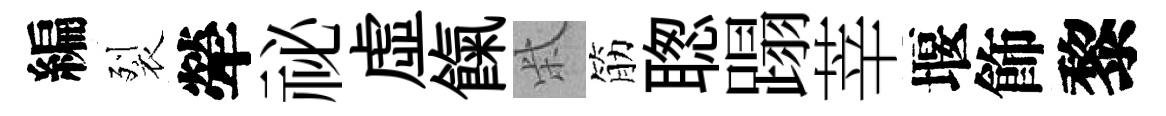
編裂犖祕虛餼柴筋聦蹋莘堰飾黎